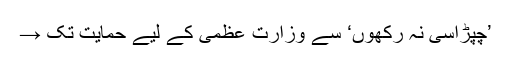
’چپڑاسی نہ رکھوں‘ سے وزارت عظمیٰ کے لیے حمایت تک →